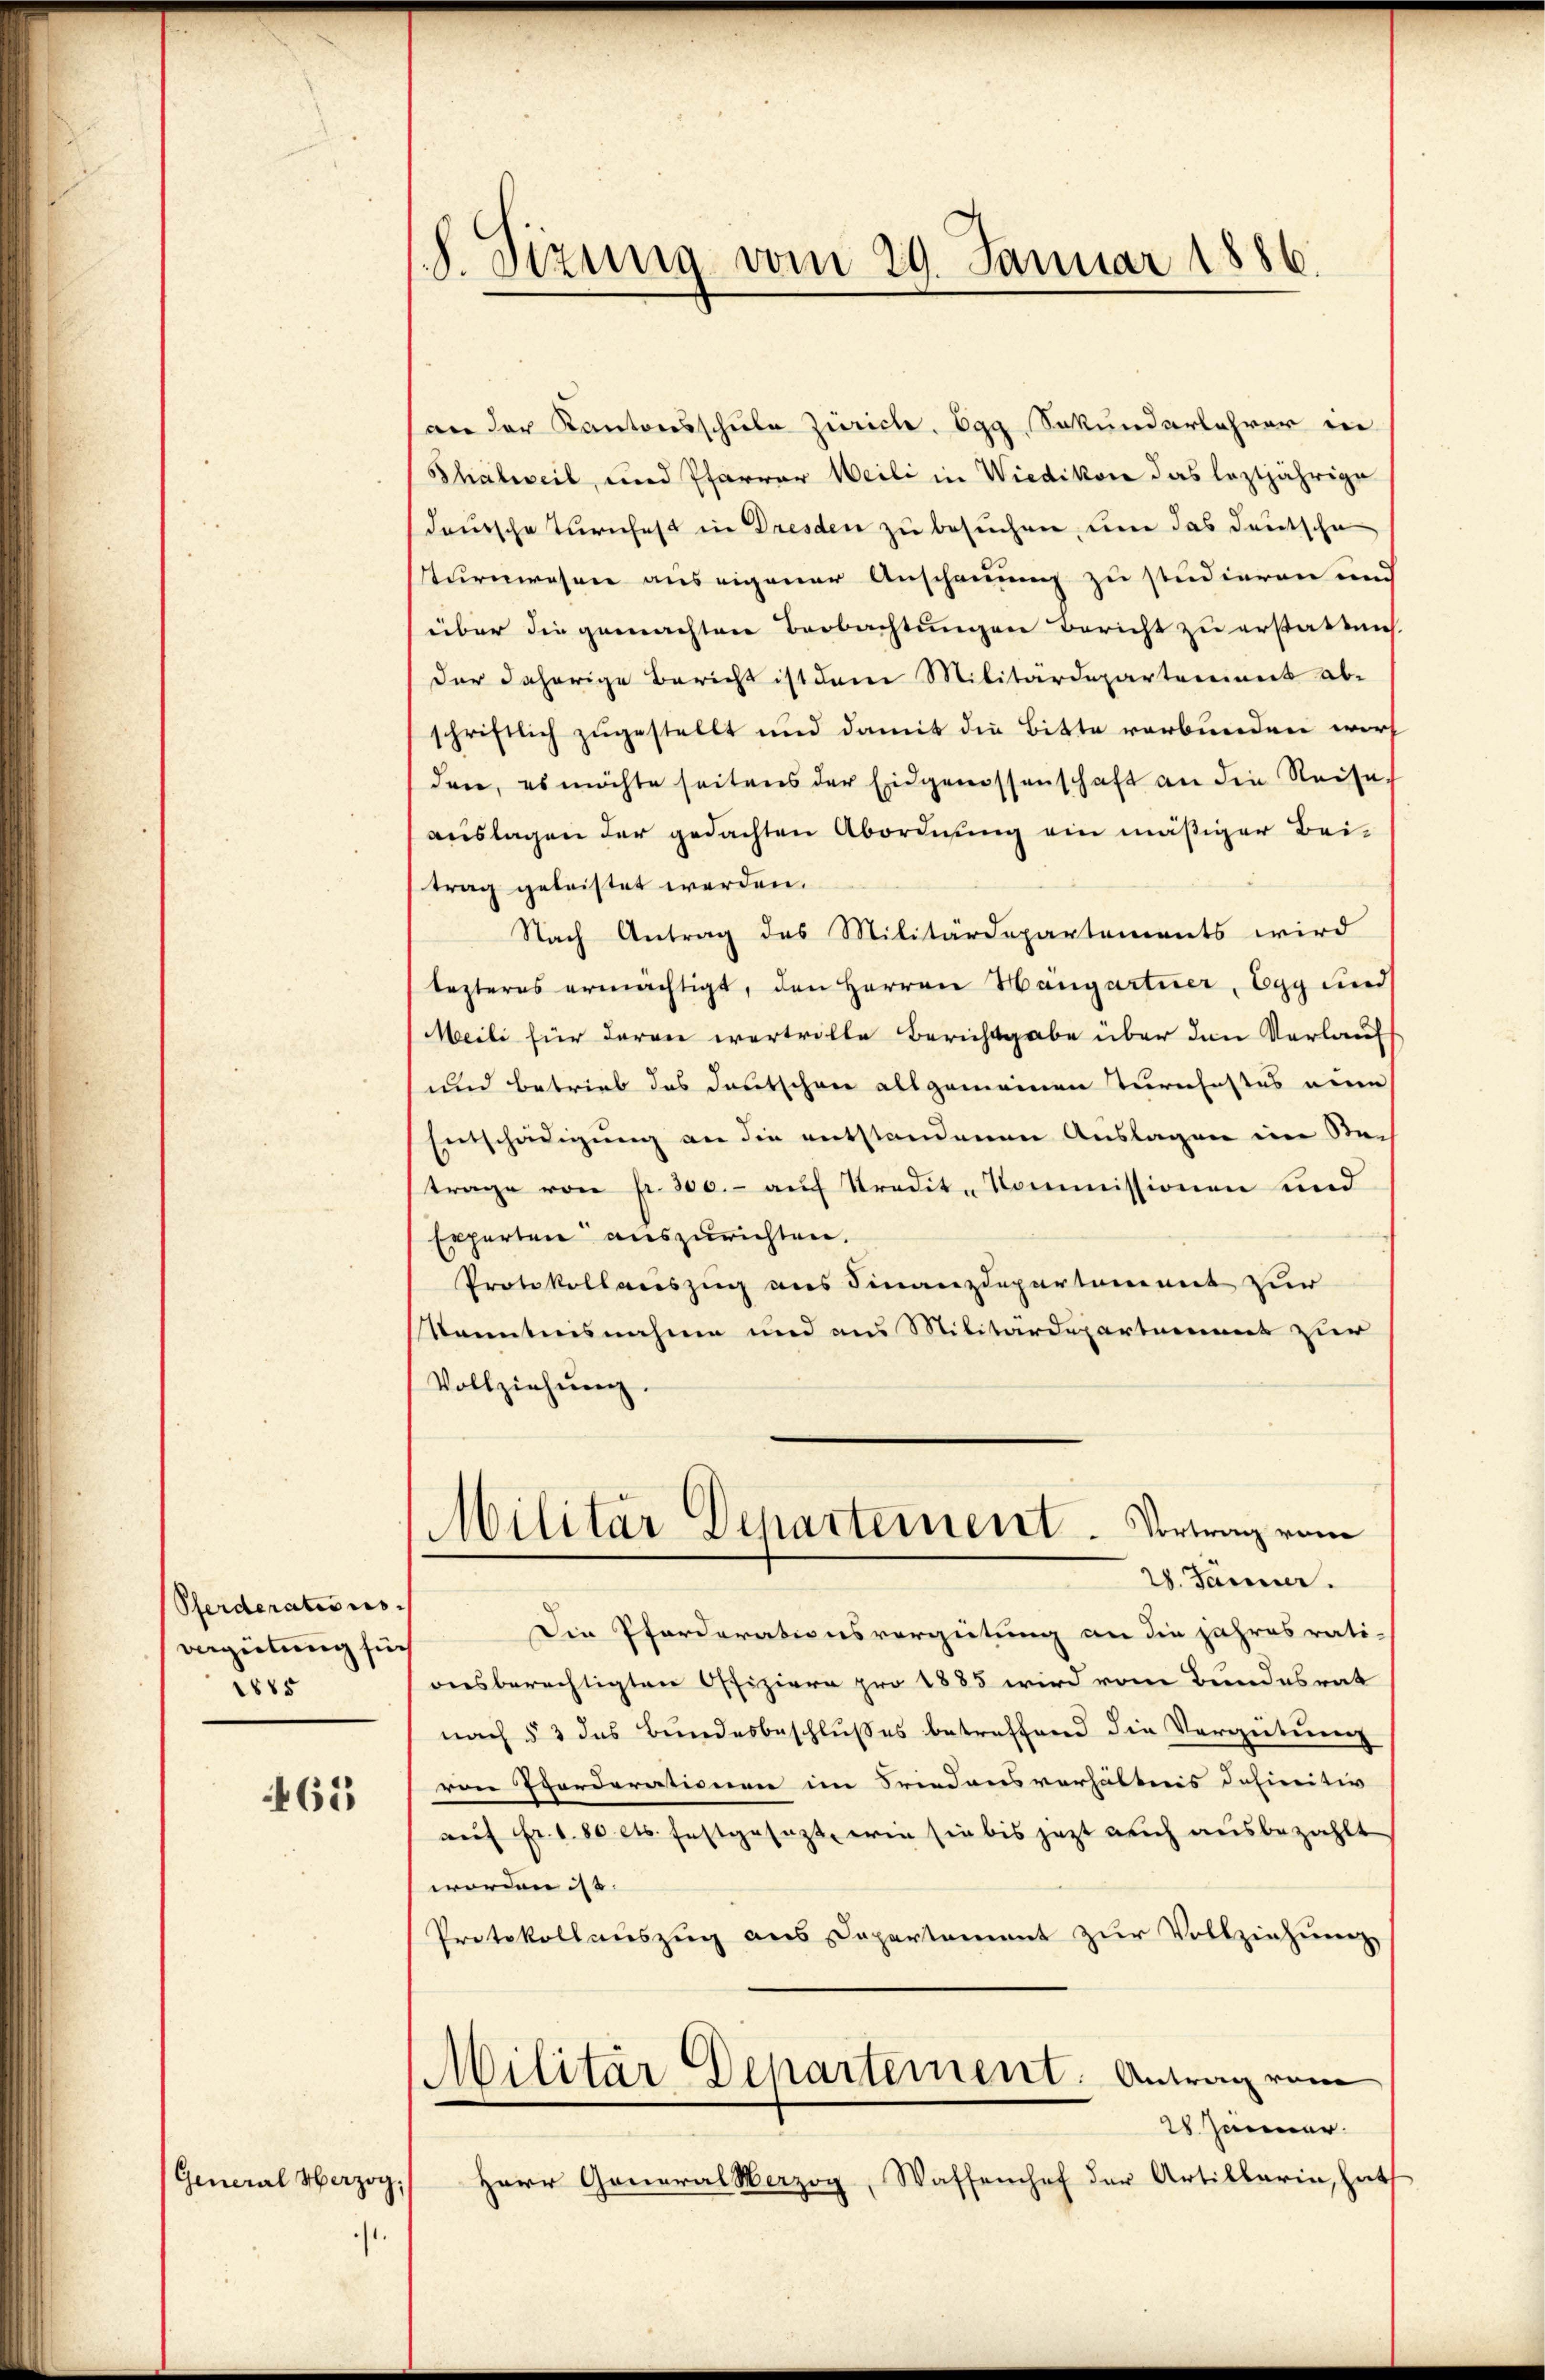
(Pferderations-
vergütung für
1815

65

General Herzog.

.

/S. Tizung vom 29. Januar 1886.

an der Kantonsschule Zürich. Egg, Sekundarlehrer in
Thalweil, und Pfarrer Weili in Wiedikon das leztjährige
dauische Turnhaft in Dresden zu besuchen, um das deutsche
Turnwesen aus eigener Anschauung zu studieren und
über die gemachten Beobachtungen Bericht zu erstatte
der daherige Bericht ist dem Militärdepartement ab-
schriftlich zugestellt und damit die Bitte verbunden worf
den, es möchte seitens der Eidgenossenschaft an die Reise
auslagen der gedachten Abordnung ein mäßiger Bei-
trag geleistet werden.
Nach Antrag des Militärdepartements wird
lezteres ermächtigt, den Herren Hangartner, Egg und
Meili für deren wertvolle Berichtgabe über den Verlauf
und Betrieb das Deutschen allgemeinen Turnfestes eine
Entschädigung an die entstandenen Auslagen in Be-
trage von fr. 300.- auf Kredit-Kommissionen und
Experten auszurichten.
Protokollauszug aus Finanzdepartement zur
Kenntnisnahme und aus Militärdepartement zur
Vollziehung
Militar Departement. Vortrag vom
28. Jänner.
Die Pferderationsvergütung an die Jahresrati-
onsberechtigten Offiziere pro 1885 wird vom Bundesrat
nach § 3 das Bundesbeschlußes betreffend die Vergütung
ren Eporderationen im Friedensverhältnis definitiv
auf Fr. 180 cts. festgesezt, wie sie bis jetzt auch ausbezahlt
worden ist. |
Protokollauszug aus Departament zŭr Vollziehung
Militär Departement. Antrag vom
28. Jänner.
Herr General Herzog, Waffenhof der Artillarin, hat